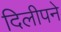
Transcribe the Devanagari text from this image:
दिलीपने